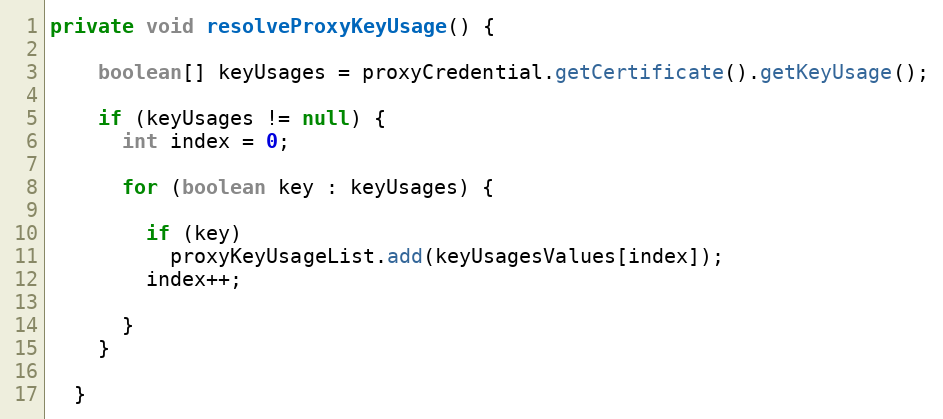
Language: Java
private void resolveProxyKeyUsage() {

    boolean[] keyUsages = proxyCredential.getCertificate().getKeyUsage();

    if (keyUsages != null) {
      int index = 0;

      for (boolean key : keyUsages) {

        if (key)
          proxyKeyUsageList.add(keyUsagesValues[index]);
        index++;

      }
    }

  }